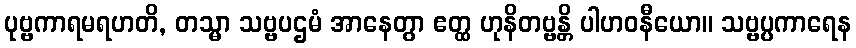
ပုဗ္ဗကာရမရဟတိ, တသ္မာ သဗ္ဗပဌမံ အာနေတွာ ဧတ္ထ ဟုနိတဗ္ဗန္တိ ပါဟဝနီယော။ သဗ္ဗပ္ပကာရေန